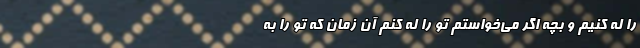
را لِه کنیم و بچه اگر می‌خواستم تو را لِه کنم آن زمان که تو را به